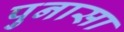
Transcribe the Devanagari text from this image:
पुनासा